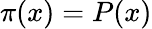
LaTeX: \pi(x)=P(x)